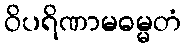
ဝိပရိဏာမဓမ္မတံ